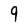
Character: 9